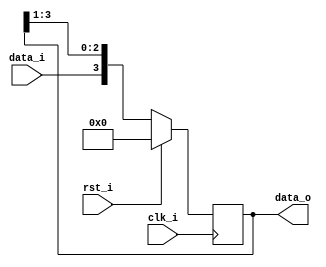
//--------------------------------------------------------------------------------
// Dependencies : 
// Description  : 4-bit serial in parallel out shift register
//--------------------------------------------------------------------------------

module sipo(
  input            clk_i , // Clock
  input            rst_i , // Reset
  input            data_i, // Parallel data input
  output reg [3:0] data_o  // Serial data output
);
  
  // Sequential Logic
  always@(posedge clk_i)begin
    if(rst_i)begin
    // Clear on reset
      data_o <= 'h0;
    end else begin
	// Right shift input serial data
      data_o <= {data_i, data_o[3:1]};
    end
  end
  
endmodule